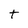
Character: t